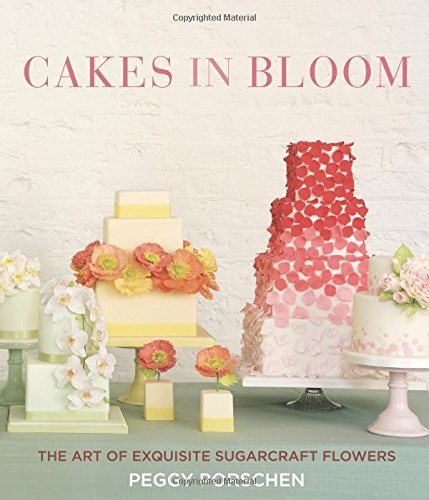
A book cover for Cakes in Bloom: The Art of Exquisite Sugarcraft Flowers; Peggy Porschen; Cookbooks, Food & Wine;